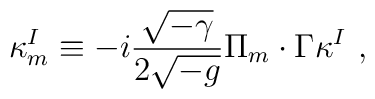
\kappa_m^I \equiv -i \frac{\sqrt{-\gamma}}{2\sqrt{-g}} \Pi_m                  \cdot \Gamma \kappa^I ~,